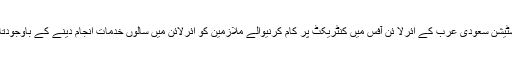
2015ء)قومی ایئرلائن پی آئی اے کو سب سے زیادہ پیسہ کما کر دینے والے اسٹیشن سعودی عرب کے ائرلا ئن آفس میں کنٹریکٹ پر کام کرنیوالے ملازمین کو ائرلائن میں سالوں خدمات انجام دینے کے باوجودتاحال مستقل نہیں کیا گیا ہے بلکہ ان کو حاصل مراعات بھی ختم کر دی گئی ہیں۔